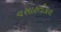
વસાહતીકાળ